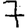
Digit: 7